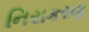
નિરાકરણ